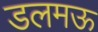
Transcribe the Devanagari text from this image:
डलमऊ